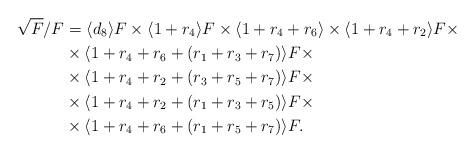
LaTeX: \begin{align*}\sqrt{F}/F&=\langle d_8\rangle F\times\langle1+r_4\rangle F\times\langle1+r_4+r_6\rangle\times\langle1+r_4+r_2\rangle F\times\\&\times\langle1+r_4+r_6+(r_1+r_3+r_7)\rangle F\times\\&\times\langle1+r_4+r_2+(r_3+r_5+r_7)\rangle F\times\\&\times\langle1+r_4+r_2+(r_1+r_3+r_5)\rangle F\times\\&\times\langle1+r_4+r_6+(r_1+r_5+r_7)\rangle F.\end{align*}